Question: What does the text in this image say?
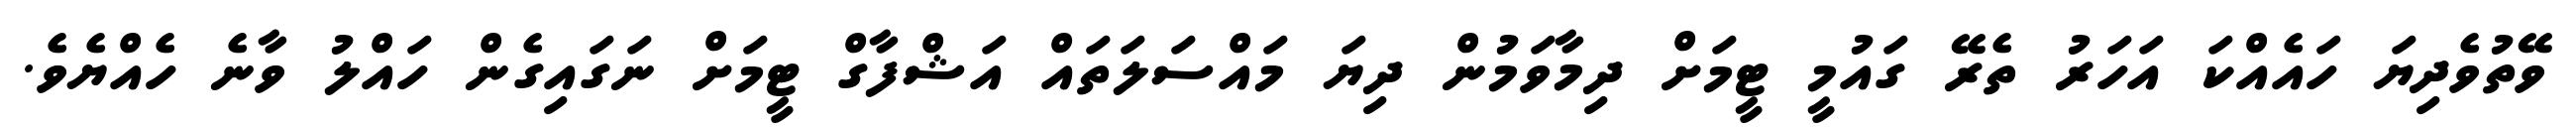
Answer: ވޭތުވެދިޔަ ހައެއްކަ އަހަރު ތެރޭ ގައުމީ ޓީމަށް ދިމާވަމުން ދިޔަ މައްސަލަތައް އަޝްފާގް ޓީމަށް ނަގައިގެން ހައްލު ވާނެ ހެއްޔެވެ.